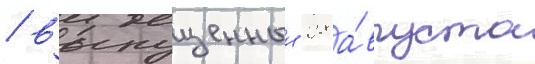
/ выпущенныи 28 а́вгуста